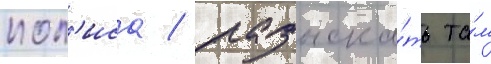
пол'иса / разыска́ть та́м